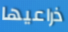
ذراعيها